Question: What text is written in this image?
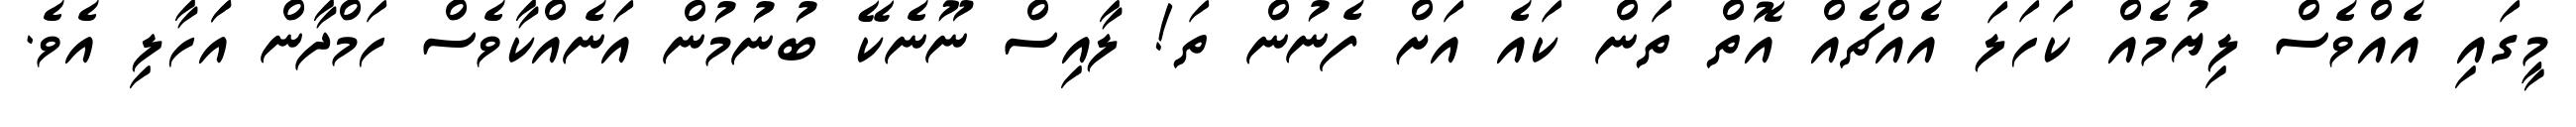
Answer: މީގައި އެއްވެސް ލިޔުމެއް ކަހަލަ އެއްޗެއް އޮތް ތަން ކައެ އަށް ފެނުން ތަ! ލާއިސް ނޫނެކޭ ބުނުމުން އަނެއްކާވެސް ހަމްދާން އަަހާލި އެވެ.